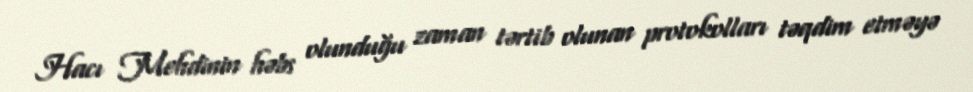
Hacı Mehdinin həbs olunduğu zaman tərtib olunan protokolları təqdim etməyə